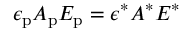
\epsilon _ { \mathrm { p } } A _ { \mathrm { p } } E _ { \mathrm { p } } = \epsilon ^ { * } A ^ { * } E ^ { * }